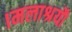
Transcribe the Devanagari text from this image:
।मलाश्रयौ